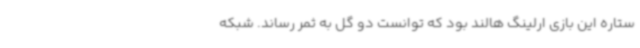
ستاره این بازی ارلینگ هالند بود که توانست دو گل به ثمر رساند. شبکه